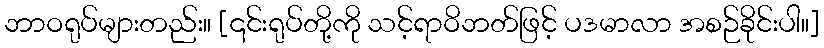
ဘာဝရုပ်များတည်း။ [၎င်းရုပ်တို့ကို သင့်ရာဝိဘတ်ဖြင့် ပဒမာလာ အစဉ်ခိုင်းပါ။]